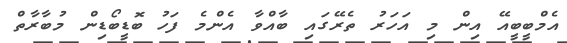
އެމްބީބީއޭ އިން މި އަހަރު ތެރޭގައި ބާއްވާ އެންމެ ފަހު ބޮޑީބޯޑިން މުބާރާތް